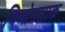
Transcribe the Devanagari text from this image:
यिओनसाक